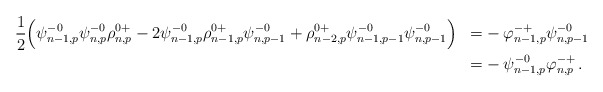
\begin{align*}\begin{aligned}&\frac{1}{2} \Big( \psi^{-0}_{n-1,p}\psi^{-0}_{n,p}\rho^{0+}_{n,p}-2\psi^{-0}_{n-1,p}\rho^{0+}_{n-1,p}\psi^{-0}_{n,p-1}+\rho^{0+}_{n-2,p}\psi^{-0}_{n-1,p-1}\psi^{-0}_{n,p-1} \Big) &=& - \varphi^{-+}_{n-1,p}\psi^{-0}_{n,p-1} \\&&=&- \psi^{-0}_{n-1,p} \varphi^{-+}_{n,p}\,.\end{aligned}\end{align*}